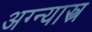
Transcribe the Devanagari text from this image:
अग्न्यास्त्र